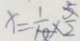
x = \frac { 1 } { 1 0 } \times \frac { 5 } { 2 }